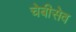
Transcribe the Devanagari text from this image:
चेबीसेव